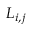
L _ { i , j }